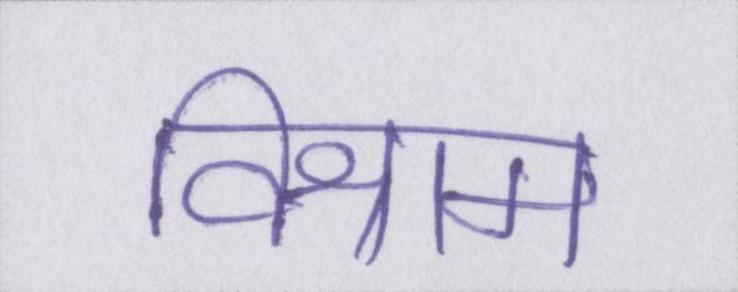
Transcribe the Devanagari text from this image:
विश्राम